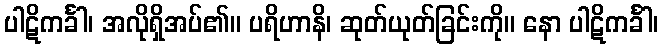
ပါဋိကင်္ခါ၊ အလိုရှိအပ်၏။ ပရိဟာနိ၊ ဆုတ်ယုတ်ခြင်းကို။ နော ပါဋိကင်္ခါ၊